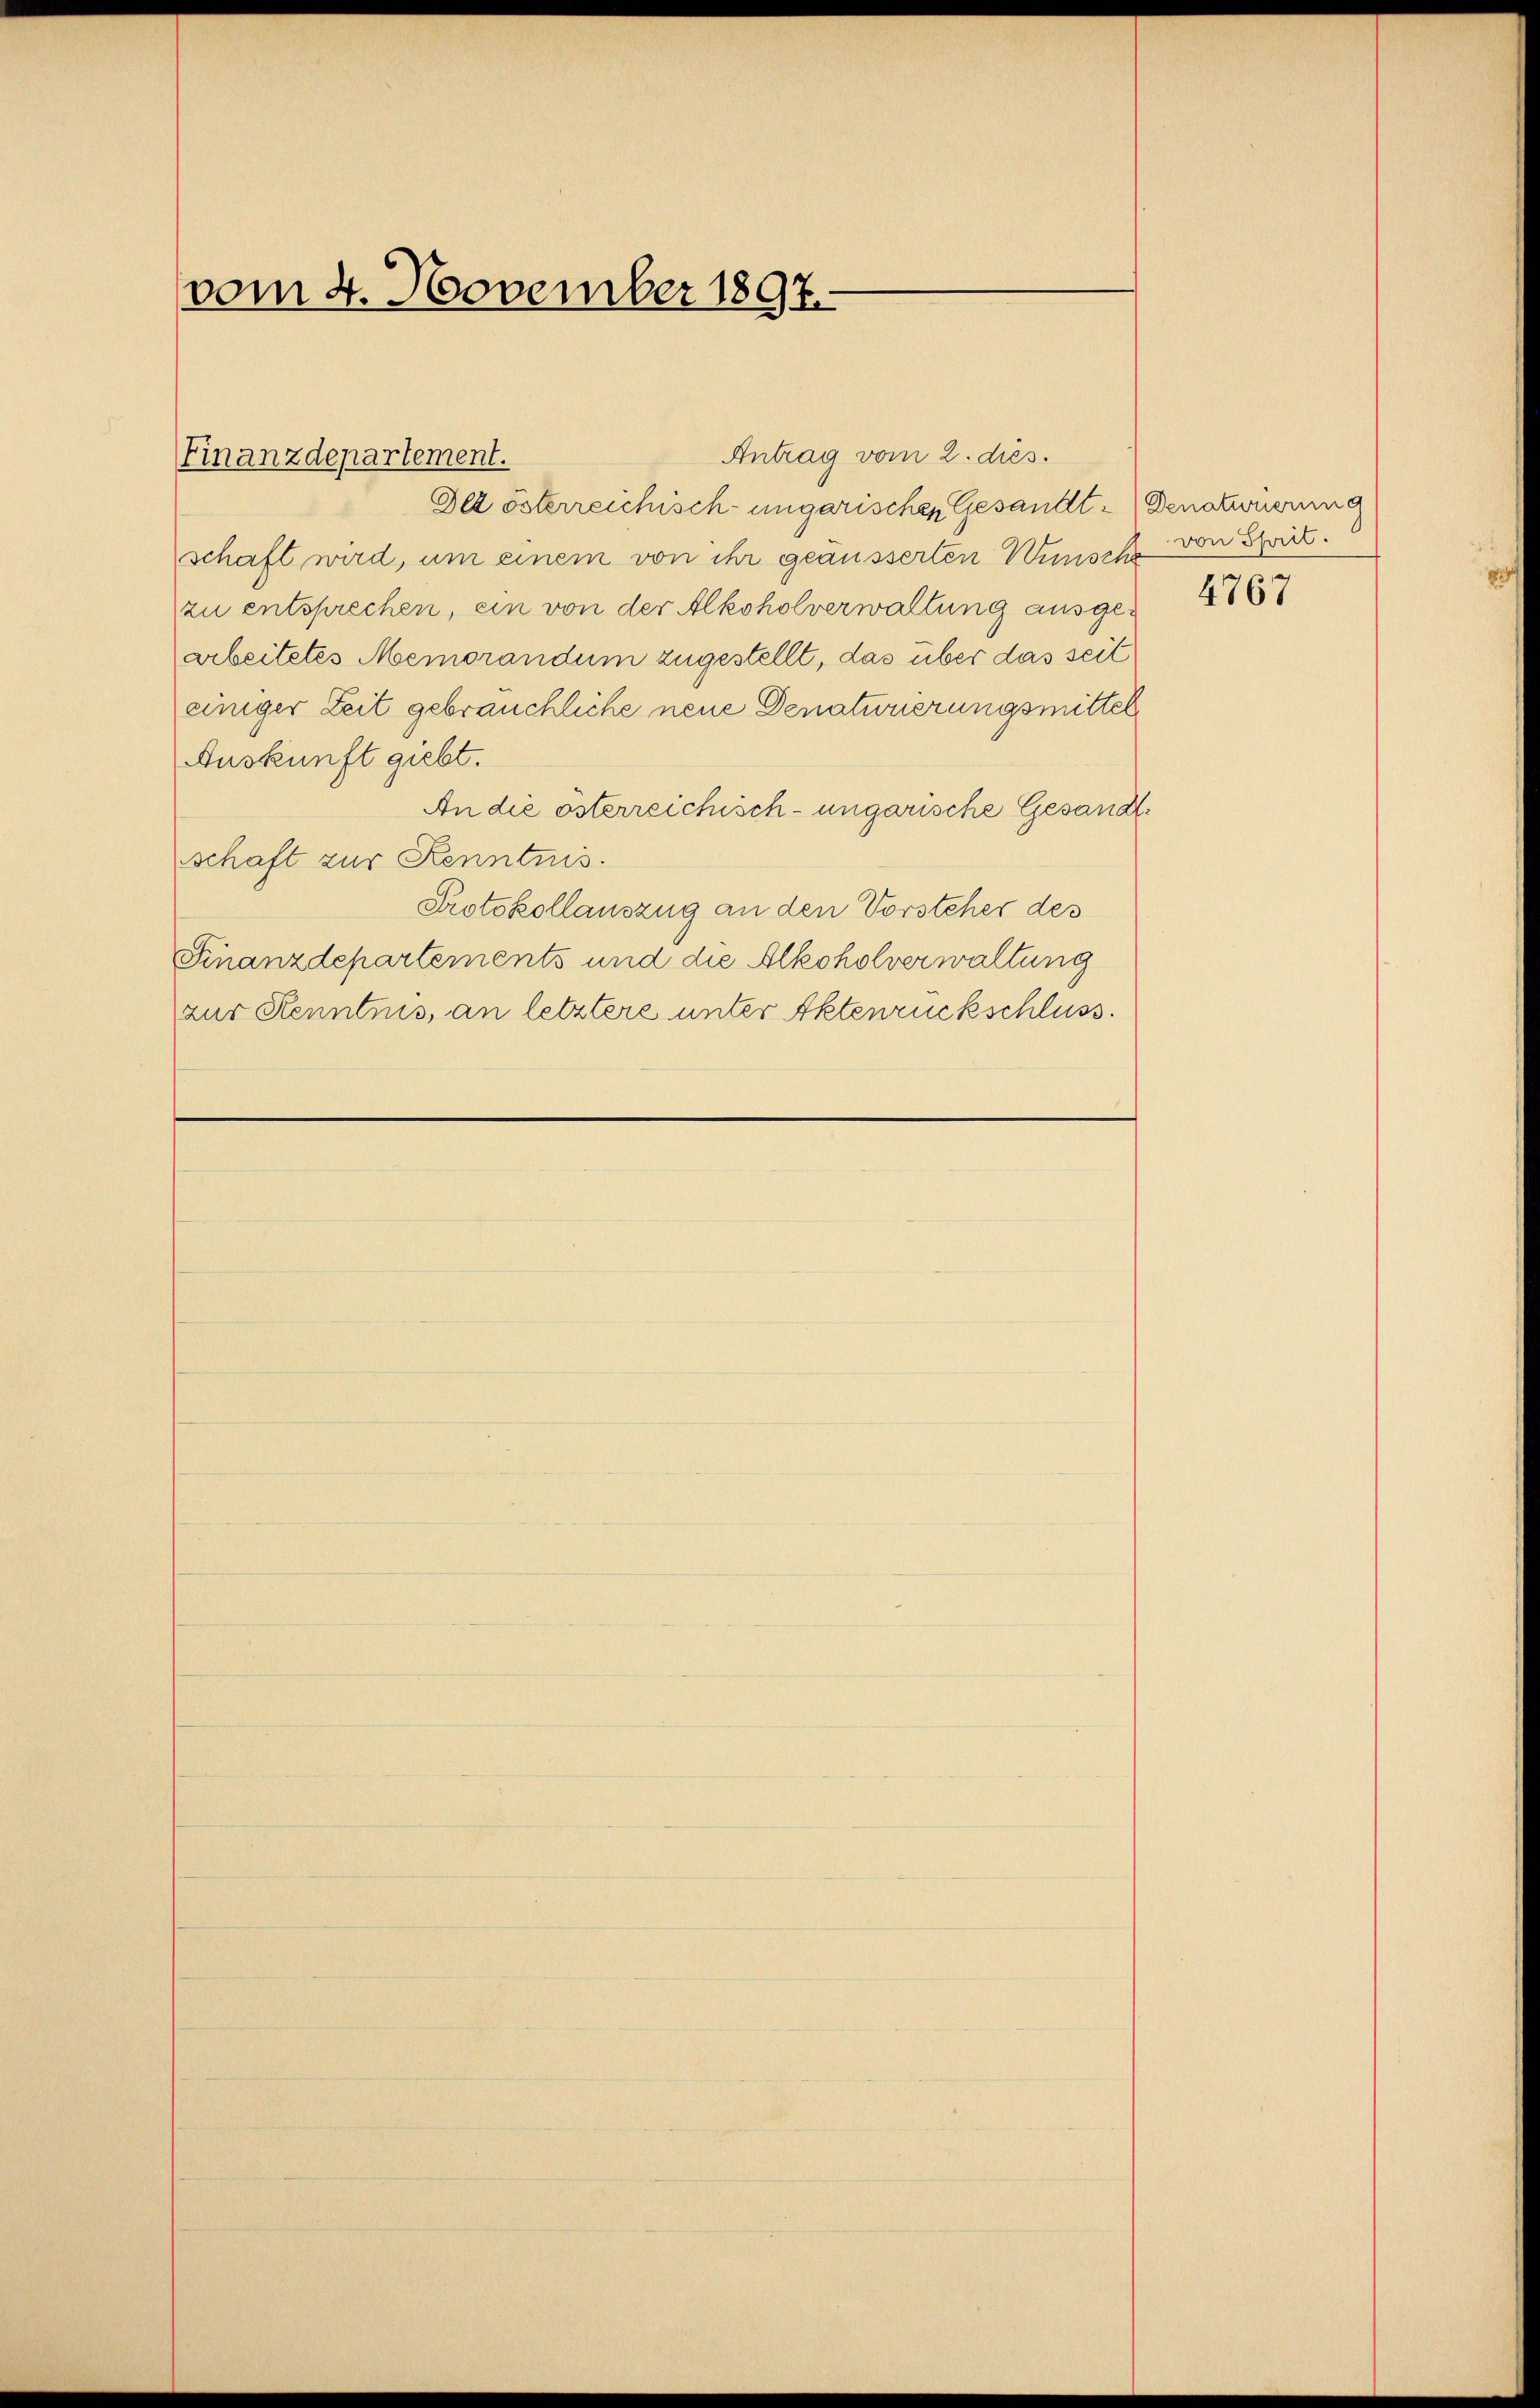
vom 4. November 1897.

Antrag vom 2. dies.
Finanzdepartement.

Det österreichisch-ungarischen Gesandt-Denationierung
schaft wird, um einem von ihr geäusserten Wünsche
zu entsprechen, ein von der Alkoholverwaltung ausgearbeitetes Memorandum zugestellt, das über das seit
einiger Zeit gebräuchliche neue Denaturierungsmittel
Auskunft giebt.
An die österreichisch-ungarische Gesandtschaft zur Kenntnis.
Protokollauszug an den Vorsteher des
Finanzdepartements und die Alkoholverwaltung
zur Kenntnis, an letztere unter Aktenrückschluss.

von Sprit.

4767